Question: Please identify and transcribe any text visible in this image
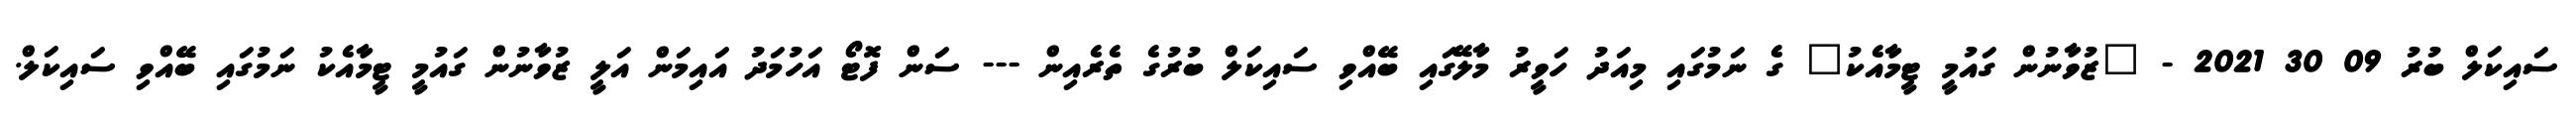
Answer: ސައިކަލް ބުރު 09 30 2021 - "ޒުވާނުން ގައުމީ ޓީމާއެކު" ގެ ނަމުގައި މިއަދު ހަވީރު މާލޭގައި ބޭއްވި ސައިކަލް ބުރުގެ ތެރެއިން --- ސަން ފޮޓޯ އަހުމަދު އައިމަން އަލީ ޒުވާނުން ގައުމީ ޓީމާއެކު ނަމުގައި ބޭއްވި ސައިކަލް.